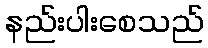
နည်းပါးစေသည်